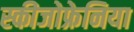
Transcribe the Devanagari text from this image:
स्कीजोफ्रेनिया